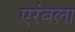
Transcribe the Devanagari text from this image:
एरंबला